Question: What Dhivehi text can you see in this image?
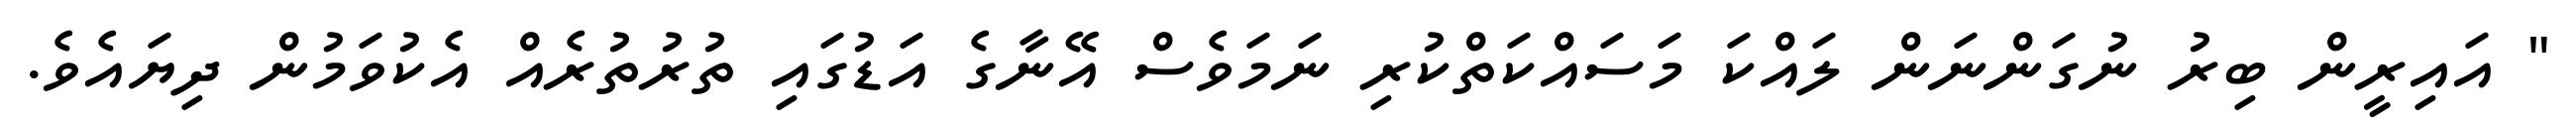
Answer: " އައިރީން ބިރު ނުގަންނަން ލައްކަ މަސައްކަތްކުރި ނަމަވެސް އޭނާގެ އަޑުގައި ތުރުތުރެއް އެކުވަމުން ދިޔައެވެ.